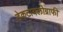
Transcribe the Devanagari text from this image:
डेकटायलोग्राफी